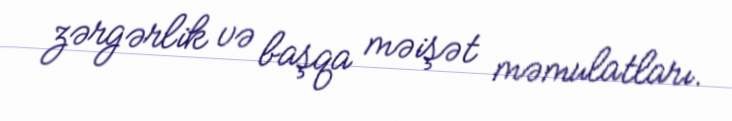
zərgərlik və başqa məişət məmulatları.